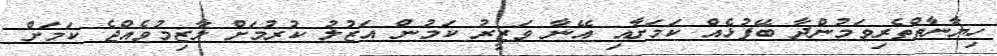
ހިޔާނާތްތެރިވަމުންދާ ބޭފުޅެއް ކަމަށާއި އޭނާ ވަޒީރު ކަމުން އަޒުލު ކުރުމަށް ލާޒިމުވެއްޖެ ކަމަށް